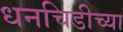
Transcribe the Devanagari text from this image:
धनचिडीच्या